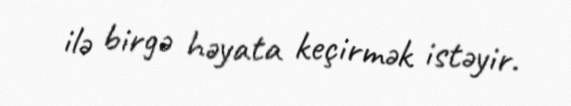
ilə birgə həyata keçirmək istəyir.